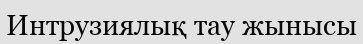
Интрузиялық тау жынысы